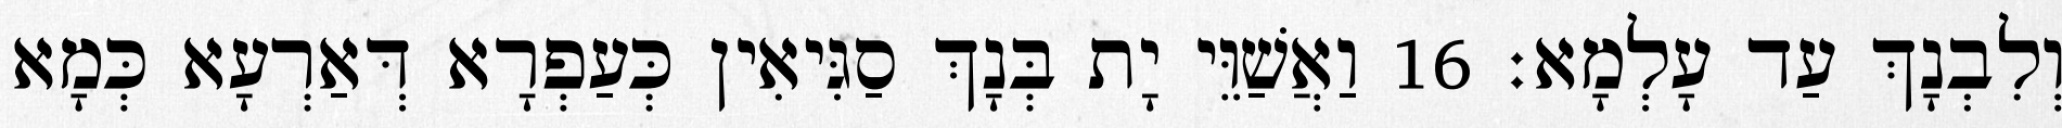
וְלִבְנָךְ עַד עָלְמָא׃ 16 וַאֲשַׁוֵּי יָת בְּנָךְ סַגִּיאִין כְּעַפְרָא דְּאַרְעָא כְּמָא